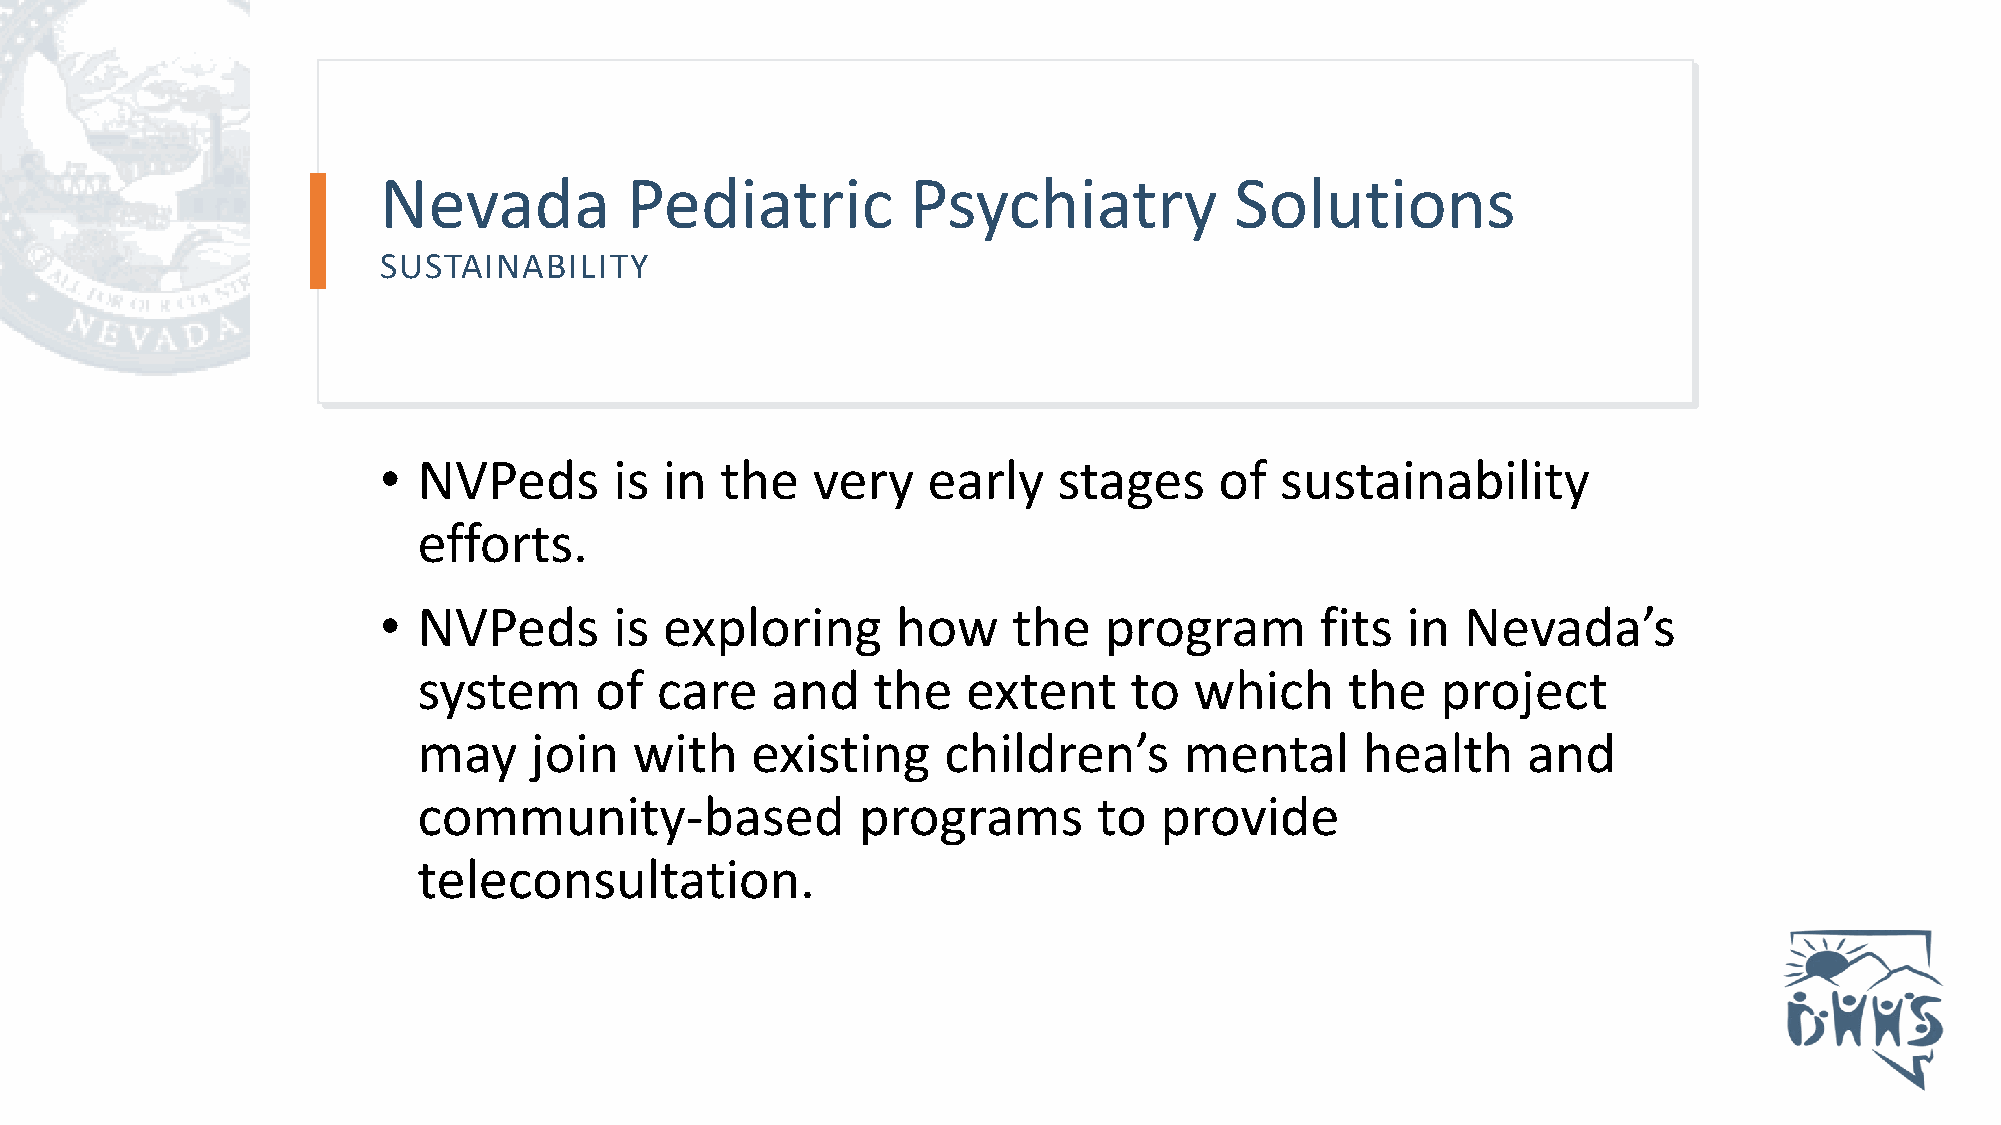
Nevada          Pediatric          Psychiatry            Solutions
 SUSTAINABILITY
 •  NVPeds       is in  the   very   early    stages     of  sustainability
 efforts.
 •  NVPeds       is exploring      how     the   program       fits  in  Nevada’s
 system     of  care    and    the   extent     to  which     the   project
 may    join   with    existing    children’s      mental      health     and
 community-based              programs        to  provide
 teleconsultation.